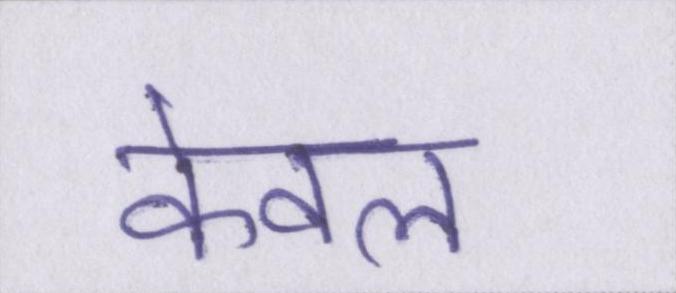
केवल